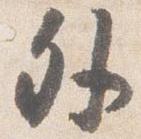
外